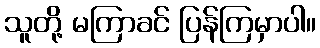
သူတို့ မကြာခင် ပြန်ကြမှာပါ။